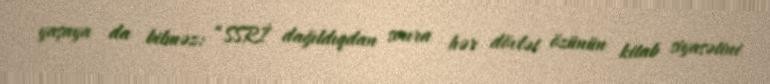
yaşaya da bilməz: “SSRİ dağıldıqdan sonra hər dövlət özünün kitab siyasətini